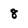
Character: 8